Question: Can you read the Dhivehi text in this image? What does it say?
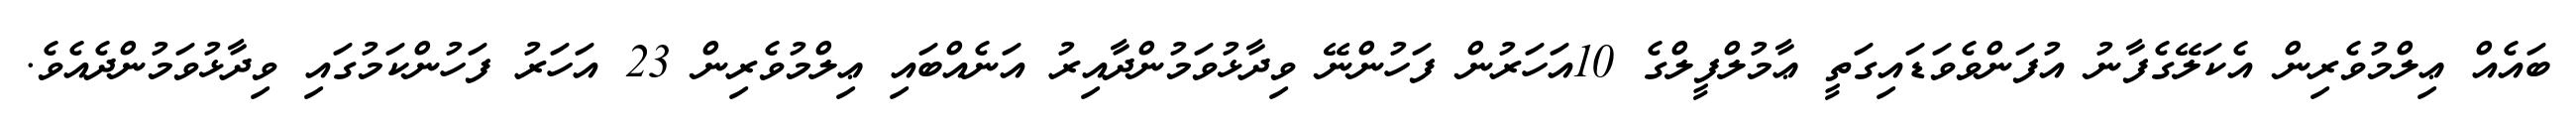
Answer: ބައެއް ޢިލްމުވެރިން އެކަލޭގެފާނު އުފަންވެވަޑައިގަތީ ޢާމުލްފީލްގެ 10އަހަރުން ފަހުންނޭ ވިދާޅުވަމުންދާއިރު އަނެއްބައި ޢިލްމުވެރިން 23 އަހަރު ފަހުންކަމުގައި ވިދާޅުވަމުންދެއެވެ.